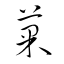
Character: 菓